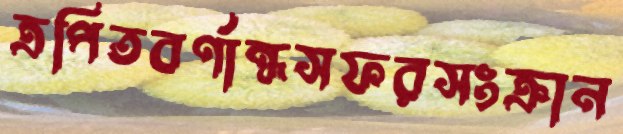
ত্রপিতবর্ণান্ধসফরসংক্রান